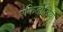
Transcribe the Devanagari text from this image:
एफिडोडिया